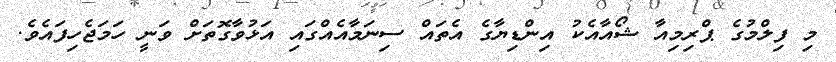
މި ފިލްމުގެ ޕްރިމިއާ ޝޯއާއެކު އިންޑިޔާގެ އެތައް ސިނަމާއެއްގައި އަޅުވާގޮތަށް ވަނީ ހަމަޖެހިފައެވެ.